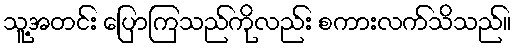
သူ့အတင်း ပြောကြသည်ကိုလည်း စကားလက်သိသည်။